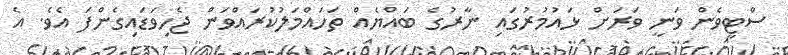
ސްޓީވެން ވަނީ ވަރަށް ޅައުމުރުގައި ނާރުގެ ބައްޔެއް ތަހައްމަލުކުރައްވަން ޖެހިވަޑައިގެންފަ އެވެ. އެ